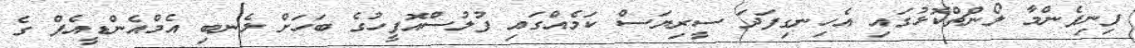
ފިނިފެންމާ ލޯންޗްކޮޅުގައި އެހިނގިފަދަ ސީރިޔަސް ކަމެއްގައި ފުލުސްއޮފީހުގެ ބަހަށް ލެނބި އެމްއެންޑީއެފް ގެ